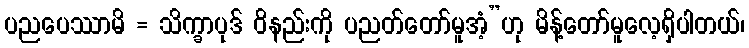
ပညပေဿာမိ = သိက္ခာပုဒ် ဝိနည်းကို ပညတ်တော်မူအံ့”ဟု မိန့်တော်မူလေ့ရှိပါတယ်၊